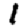
Digit: 1